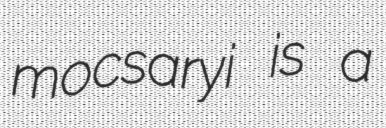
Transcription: mocsaryi is a